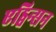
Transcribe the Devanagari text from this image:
एड्विन्सन